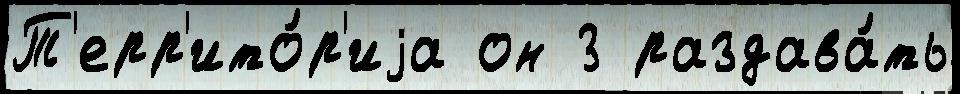
Т'ерр'ито́р'иjа он 3 раздава́ть